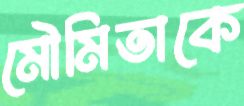
মৌমিতাকে